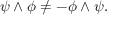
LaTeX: \psi \wedge \phi \neq - \phi \wedge \psi .